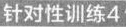
针对性训练4